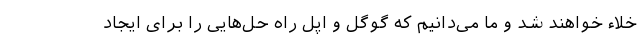
خلاء خواهند شد و ما می‌دانیم که گوگل و اپل راه حل‌هایی را برای ایجاد